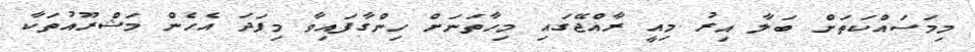
މިމަސައްކަތަށް ބަލާ އިރު މިއީ ރާއްޖޭގައި މިހާތަނަށް ހިންގާފައިވާ މިފަދަ އެހެން މަޝްރޫއުތަކާ